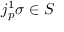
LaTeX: j _ { p } ^ { 1 } \sigma \in S